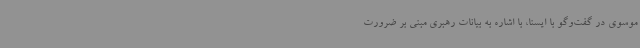
موسوی در گفت‌وگو با ایسنا، با اشاره به بیانات رهبری مبنی بر ضرورت